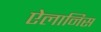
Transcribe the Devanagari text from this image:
ऐलानिस